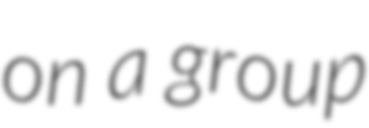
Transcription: on a group